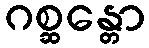
ဂစ္ဆန္တော